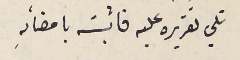
تلي تقريره عليه فاثبته بامضائهِ